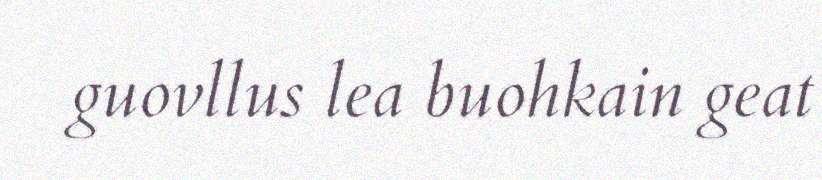
guovllus lea buohkain geat